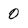
Character: 0